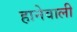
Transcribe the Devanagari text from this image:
हानेवाली